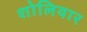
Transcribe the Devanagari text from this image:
शोलियार